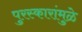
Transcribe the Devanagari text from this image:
पुरस्कारांमुळे